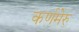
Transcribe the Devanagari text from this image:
कर्णमेरु